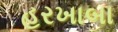
હરખાબા